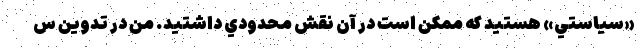
«سياستي» هستيد كه ممكن است در آن نقش محدودي داشتيد. من در تدوين س